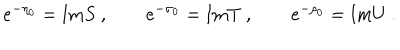
LaTeX: e ^ { - \eta _ { 0 } } = \mathrm { I m } S \ , \qquad e ^ { - \sigma _ { 0 } } = \mathrm { I m } T \ , \qquad e ^ { - \rho _ { 0 } } = \mathrm { I m } U \ .